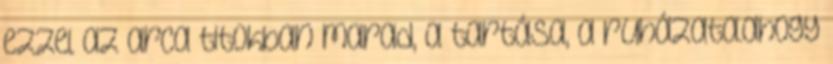
ezzel az arca titokban marad, a tartása, a ruházata.ahogy